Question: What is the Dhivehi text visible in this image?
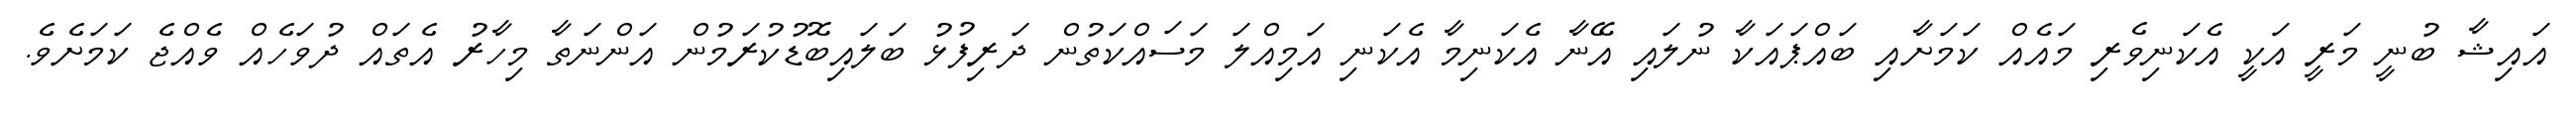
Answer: އައިޝާ ބުނީ މަރީ އަކީ އެކަނިވެރި މައެއް ކަމަށާއި ބައްޕައަކާ ނުލައި އޭނާ އެކަނިމާ އެކަނި އަމިއްލަ މަސައްކަތުން ދަރިފުޅު ބަލައިބޮޑުކުރަމުން އަންނަތާ މިހާރު އެތައް ދުވަހެއް ވެއްޖެ ކަމަށެވެ.